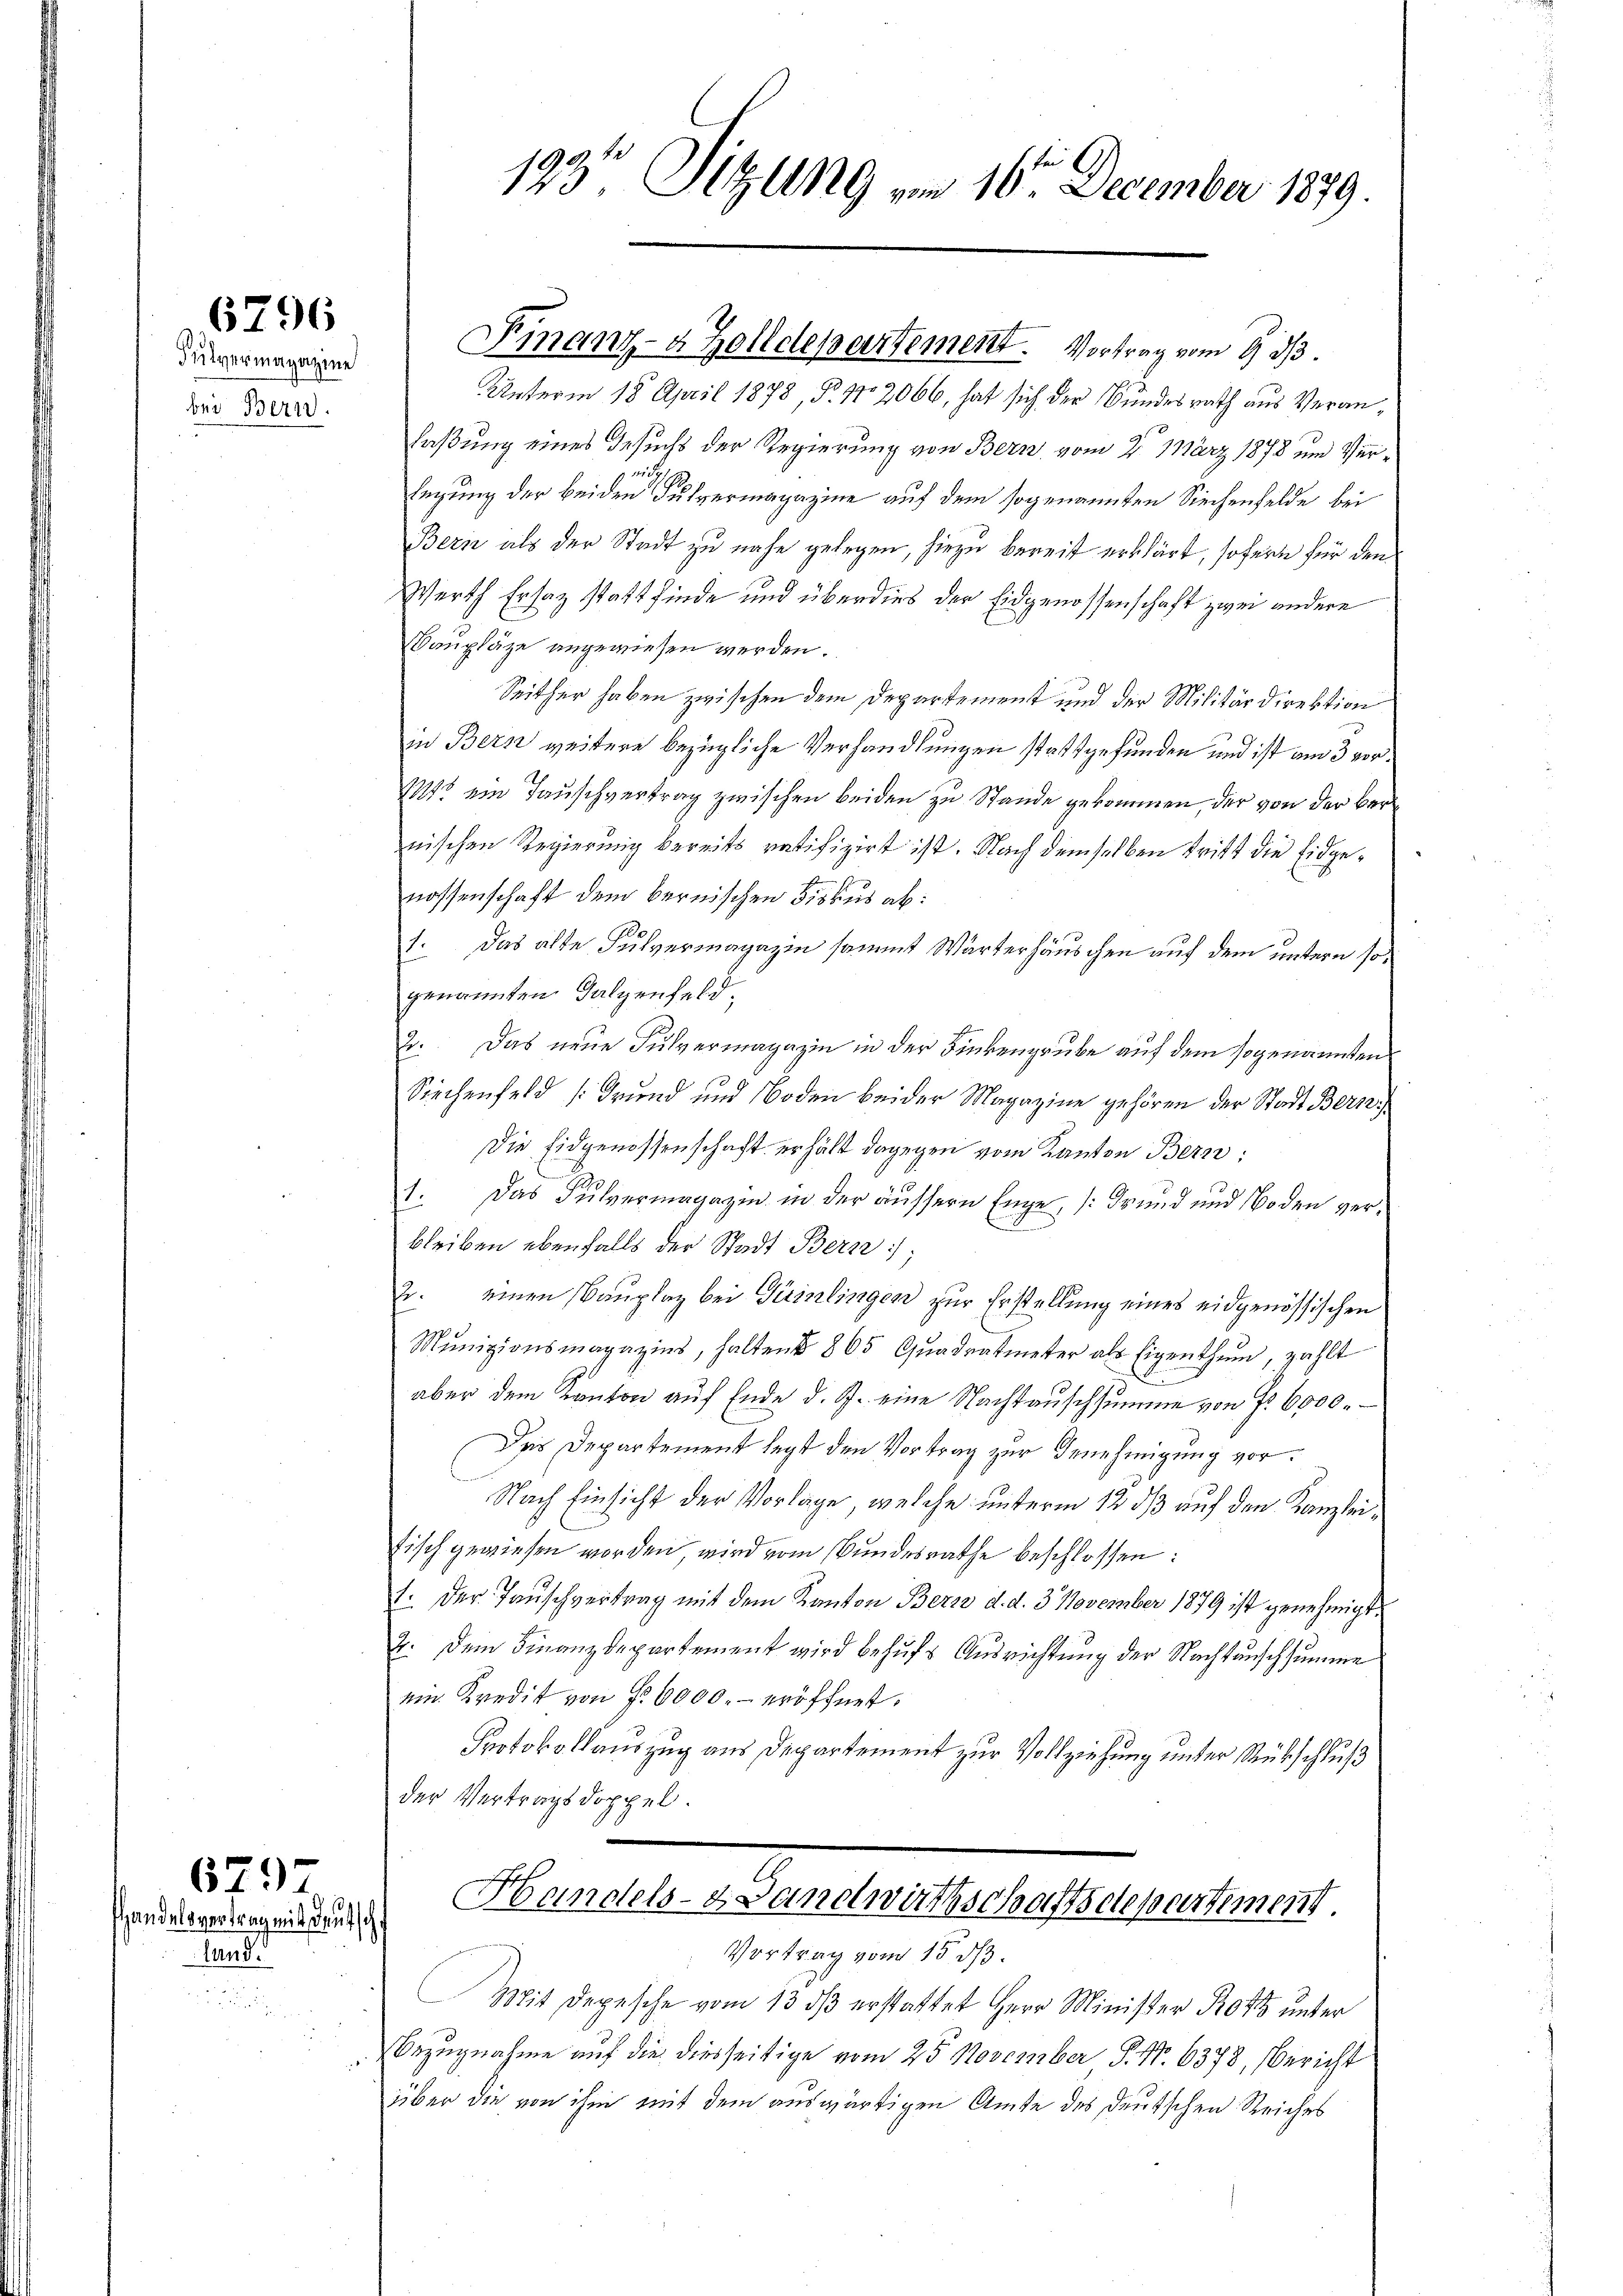
Pulvermagazine
bei Bern.

6796

fand.

679
Handelsvertrag mit deutsch

123t Sitzung vom 10. December 1879.

Unterm 18. April 1878, P. Nr. 2066, hat sich der Bundesrath aus Veranlaßung eines Gesuchs der Regierung von Bern vom 2. März 1878 um Ver¬

Engung der beiden Pulvermagazine auf dem sogenannten Siechenfelde bei
Bern als der Stadt zu nahe gelegen, hiezu bereit erklärt, sofern für den
Werth Ersatz stattfinde und überdies der Eidgenossenschaft zwei andere
Kaupläge angewiesen werden.
Seither haben zwischen dem Departement und der Militärdirektion
in Bern weitere bezügliche Verhandlungen stattgefunden und ist am 3 vor¬
115 ein Tauschvertrag zwischen beiden zu Stande gekommen, der von der ber
nischen Regierung bereits ratifizirt ist. Nach demselben tritt die Eidgenossenschaft dem bernischen Fiskus ab:
1. Das alte Fulvermagazin sammt Wärterhäuschen auf dem untern sogenannten Falzenfeld¬
2. Das neue Fulvermagazin in der Finkengrube auf dem sogenannten
Siechenfeld (Grund und Boden beider Magazine gehören der Stadt Bern
Die Eidgenossenschaft erhält dagegen vom Kanton Bern;
1. Das Pulvermagazin in der äussern Enge, (Grund und Boden verbleiben ebenfalls der Stadt Bern;
2. einen Bauplaz bei Peinlingen zur Erstellung eines eidgenössischen
Munizionsmagazins, haltend 865 Qŭadratmeter als Eigenthŭm, zahlt
F
aber dem Kanton auf Ende d. J. eine Nachtauschsumme von Fr. 6000.
Das Departement legt den Vortrag zur Genehmigung vor¬
Nach Einsicht der Vorlage, welche unterm 12 dß auf den Kanzleifisch gewiesen worden, wird vom Bundesrathe beschlossen:
1. Der Tauschvertrag mit dem Kanton Berz d. d. 3. November 1879 ist genehmigt.
2. Dem Finanzdepartement wird behŭfs Ausrichtung der Nachtenschsumme
ein Kredit von f. 6000.- eröffnet.
Protokollauszug aus Departement zur Vollziehung unter Rückschluß
der Vertragsdoppel.

Finanz-a Zolldepartement. Vortrag vom 9. 313.

Handels- & Landwirthschaftsdepartement
Vortrag vom 15. ds.

Mit Depesche vom 13 dß erstattet Herr Minister Ross unter
Bezugnahme auf die diesseitige vom 25. November P. Nr. 6378, Bericht
über die von ihm mit dem auswärtigen Amte des deutschen Reiches